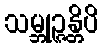
သမ္ဘုဉ္ဇန္တိပိ